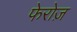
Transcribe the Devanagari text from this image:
फेरोज़